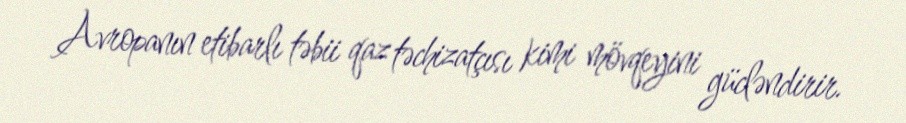
Avropanın etibarlı təbii qaz təchizatçısı kimi mövqeyini gücləndirir.